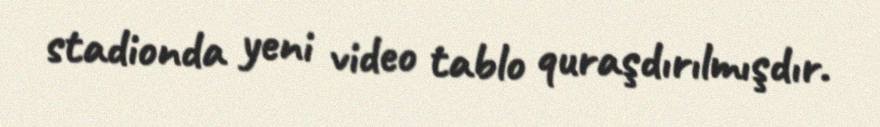
stadionda yeni video tablo quraşdırılmışdır.